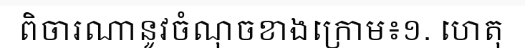
ពិចារណានូវចំណុចខាងក្រោម៖១. ហេតុ